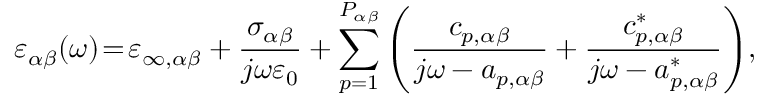
\varepsilon _ { \alpha \beta } ( \omega ) \! = \! \varepsilon _ { \infty , \alpha \beta } + \frac { \sigma _ { \alpha \beta } } { j \omega \varepsilon _ { 0 } } + \sum _ { p = 1 } ^ { P _ { \alpha \beta } } \left( \frac { c _ { p , \alpha \beta } } { j \omega - a _ { p , \alpha \beta } } + \frac { c _ { p , \alpha \beta } ^ { * } } { j \omega - a _ { p , \alpha \beta } ^ { * } } \right) \! ,